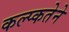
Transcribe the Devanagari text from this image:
कल्प्कतेने